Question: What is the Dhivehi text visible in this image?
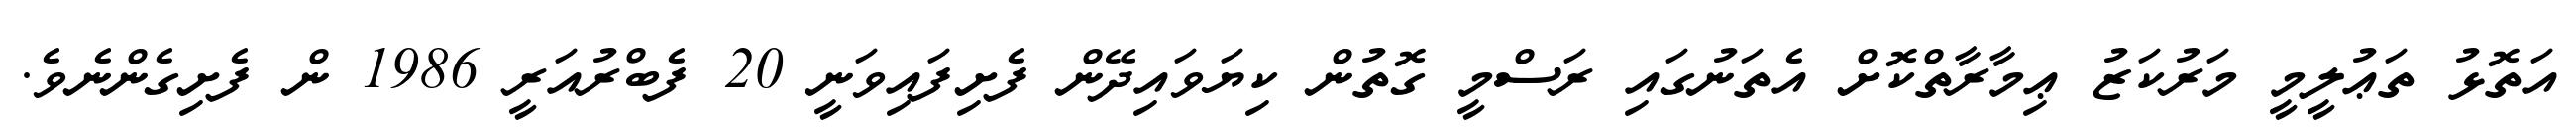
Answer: އަތޮޅު ތަޢުލީމީ މަރުކަޒު ޢިމާރާތްކޮށް އެތަނުގައި ރަސްމީ ގޮތުން ކިޔަވައިދޭން ފެށިފައިވަނީ 20 ފެބްރުއަރީ 1986 ން ފެށިގެންނެވެ.